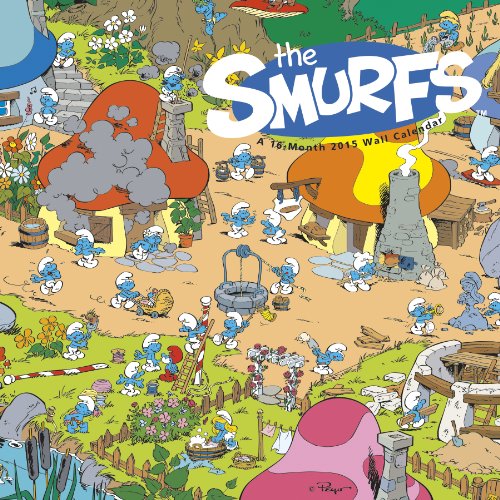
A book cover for Smurfs 2015 Premium Wall Calendar; Trends International; Calendars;